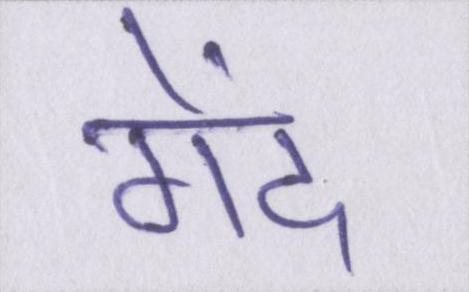
गेंद